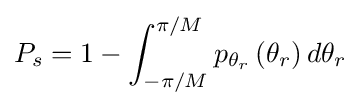
P_{s}=1-\int _{-\pi /M}^{\pi /M}p_{\theta _{r}}\left(\theta _{r}\right)d\theta _{r}